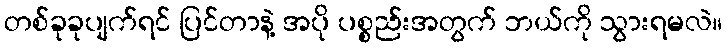
တစ်ခုခုပျက်ရင် ပြင်တာနဲ့ အပို ပစ္စည်းအတွက် ဘယ်ကို သွားရမလဲ။